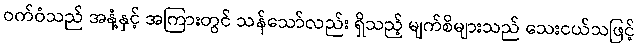
ဝက်ဝံသည် အနံ့နှင့် အကြားတွင် သန်သော်လည်း ရှိသည့် မျက်စိများသည် သေးငယ်သဖြင့်